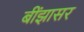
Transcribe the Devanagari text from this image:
बींझासर